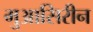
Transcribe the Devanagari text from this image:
मुआसिरीन